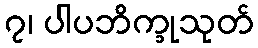
၇၊ ပါပဘိက္ခုသုတ်